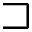
\sqsupset